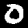
Digit: 0